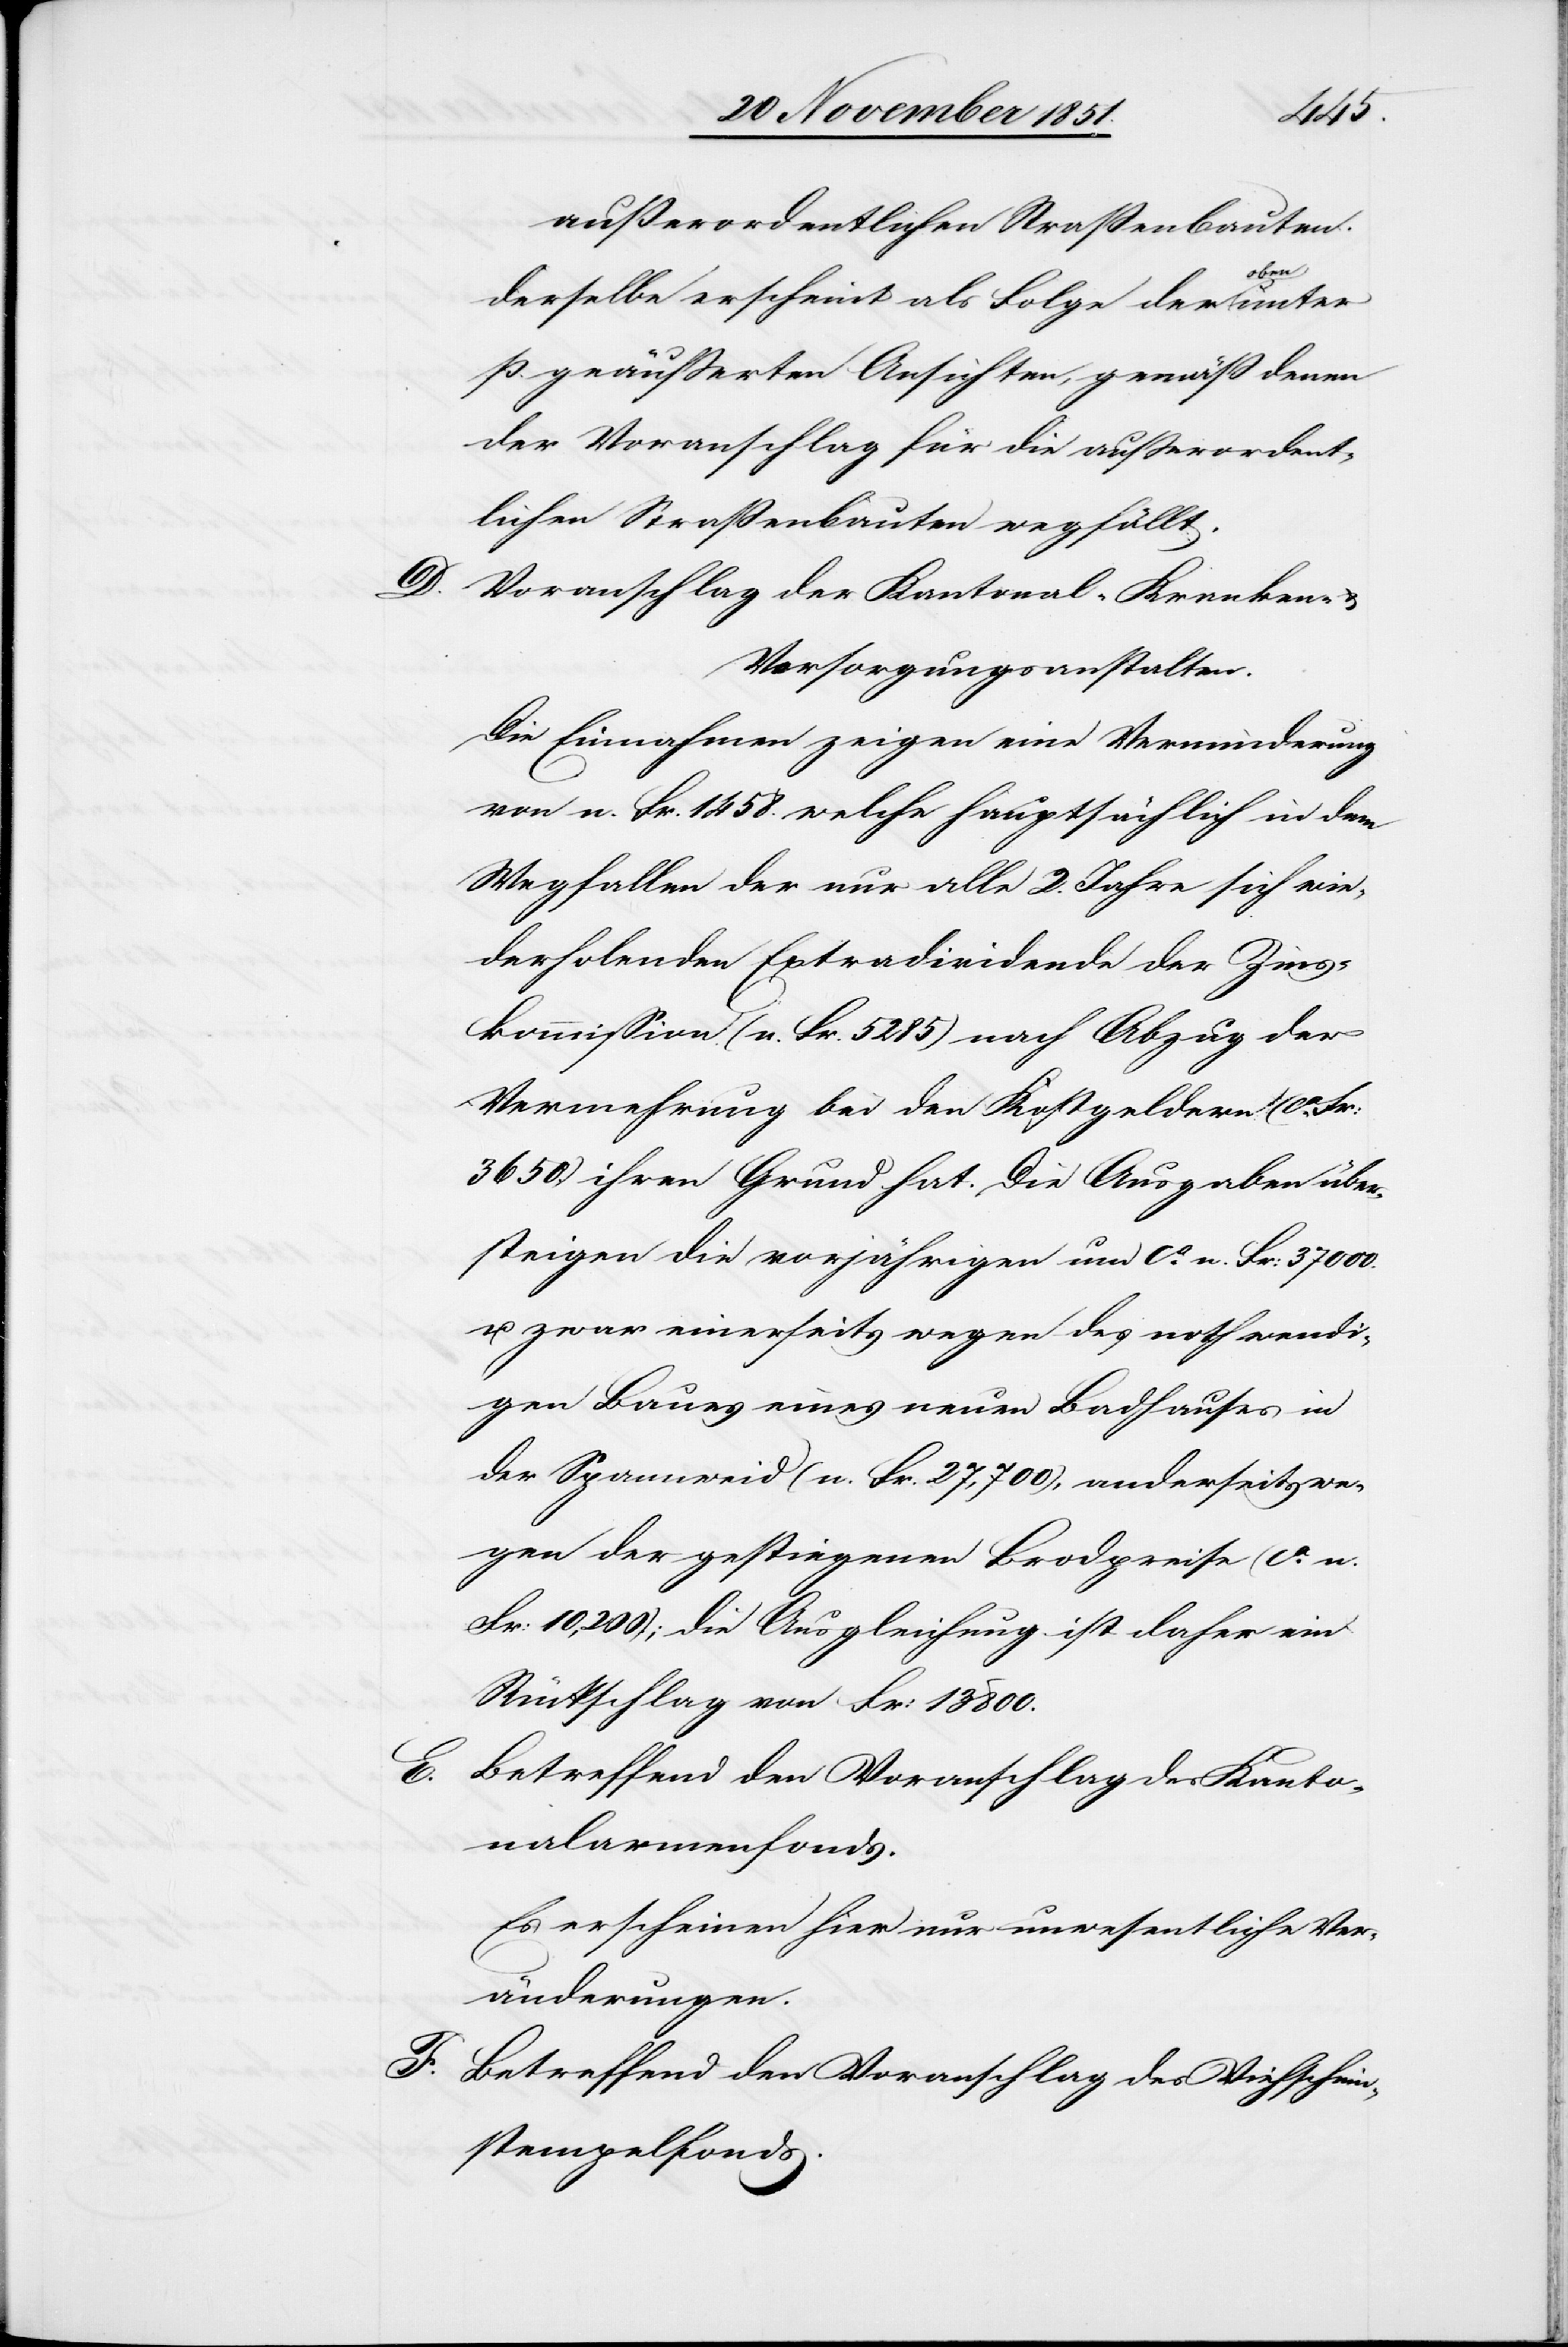
außerordentlichen Straßenbauten.
Derselbe erscheint als Folge der oben
p. geäußerten Ansichten , gemäß denen
der Voranschlag für die außerordent¬
lichen Straßenbauten wegfällt.
Voranschlag der Kantonal-Kranken-
Versorgungsanstalten.
Die Einnahmen zeigen eine Verminderung
von n. Fr. 1458. welche hauptsächlich in dem
Wegfallen der nur alle 2. Jahre sich wie¬
derholenden Extradividende der Zins¬
kommission (n. Fr. 5285) nach Abzug der
Vermehrung bei den Kostgeldern (ca.
3650.) ihren Grund hat. Die Ausgaben über¬
steigen die vorjährigen um ca. n. Fr: 37 000.
u. zwar einerseits wegen des nothwendi¬
gen Baues eines neuen Badhauses in
der Spannweid (n. Fr. 27,700), anderseits we¬
gen der gestiegenen Brodpreise (ca. n.
Fr: 10,200); die Ausgleichung ist daher ein
Rückschlag von Fr: 13800.
E.
Betreffend den Voranschlag des Kanto¬
nalarmenfonds.
Es erscheinen hier nur unwesentliche Ver¬
änderungen.
Betreffend den Voranschlag des Viehschein¬
stempelfonds.